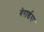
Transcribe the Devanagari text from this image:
गेरार्डरा